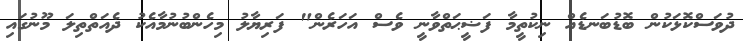
ދުވަސްކޮޅަކުން ބޮޑުބަނޑެއް ނިކުތީމާ ފަޟީޙަތްވާނީ ވެސް އަހަރެން" ފަރިޔާލު މިހެންބުނުމާއެކު ދެއަތްތިލަ މޫނުގައި